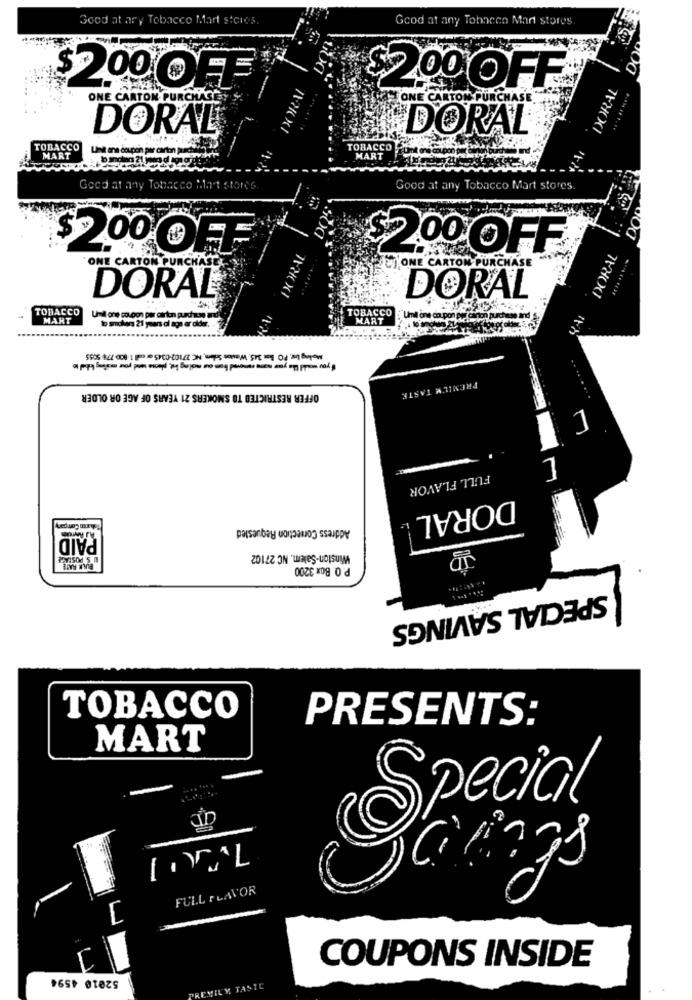
Good at ary Tobacco Mart stores.
Good at any Tobacco Mart stores
$200 OFF
DORAL
$2.00 OFF
ONE CARTON PURCHASE
ONE CARTON PURCHASE
DORAL
DORAL
TOBACCO
w coupon per carton pu
TOBACCO
MART
MART
Geca at any Tobacco Mart stores.
Good at any Tobacco Mart stores.
$2200 OFF
DORAAL
DORAL
ONE CARTON PURCHASE
$2.00 OFF
CIONE CARTON PURCHASE
DORAL®
DORAL
TOBACCO
TOBACCO
VAI
MART
Unil one coupon per carton purchase and
to smokers 21 years di age ar aider.
MART
Umil one co pon en carton purchase an
Molng Low, PO Box 345, Winston Salem, NC 27102-0345 ar cul 1 800 778-5055
OFFER RESTRICTED TO SMOKERS 21 YEARS OF AGE OR OLDER
PREMIUM TASTE
1
7
FULL FLAVOR
DORAL
Address Correction Requested
PAID
Winston-Salem, NC 27102
BULK RATE
P.O. Box 3200
SPECIAL SAVINGS
TOBACCO
PRESENTS:
MART
Special
FULL FLAVOR
52010 4594
COUPONS INSIDE
REMIL'Y TASTE